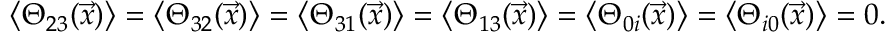
\left\langle \Theta _ { 2 3 } ( \vec { x } ) \right\rangle = \left\langle \Theta _ { 3 2 } ( \vec { x } ) \right\rangle = \left\langle \Theta _ { 3 1 } ( \vec { x } ) \right\rangle = \left\langle \Theta _ { 1 3 } ( \vec { x } ) \right\rangle = \left\langle \Theta _ { 0 i } ( \vec { x } ) \right\rangle = \left\langle \Theta _ { i 0 } ( \vec { x } ) \right\rangle = 0 .